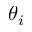
\theta _ { i }